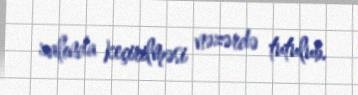
zalında keçirilməsi nəzərdə tutulub.